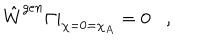
\hat { W } ^ { g e n } \left. \Gamma \right| _ { \chi = 0 = \chi _ { A } } = 0 ,